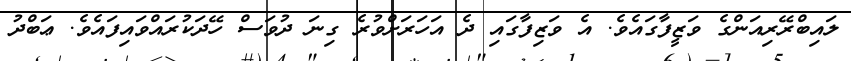
ލައިބްރޭރިއަންގެ ވަޒީފާގައެވެ. އެ ވަޒިފާގައި ދެ އަހަރަށްވުރެ ގިނަ ދުވަސް ހޭދަކުރައްވައިފައެވެ. ޢަބްދު